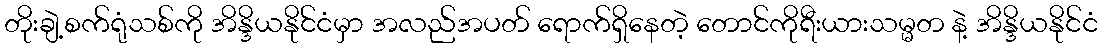
တိုးချဲ့စက်ရုံသစ်ကို အိန္ဒိယနိုင်ငံမှာ အလည်အပတ် ရောက်ရှိနေတဲ့ တောင်ကိုရီးယားသမ္မတ နဲ့ အိန္ဒိယနိုင်ငံ